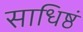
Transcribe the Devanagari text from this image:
साधिष्ठं